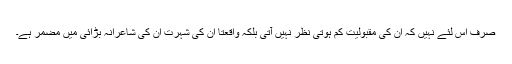
صرف اس لئے نہیں كہ ان كی مقبولیت كم ہوتی نظر نہیں آتی بلكہ واقعتاً ان كی شہرت ان كی شاعرانہ بڑائی میں مضمر ہے۔